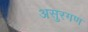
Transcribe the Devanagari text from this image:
असुरगण